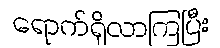
ရောက်ရှိလာကြပြီး